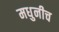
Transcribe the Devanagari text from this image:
मधुनीच